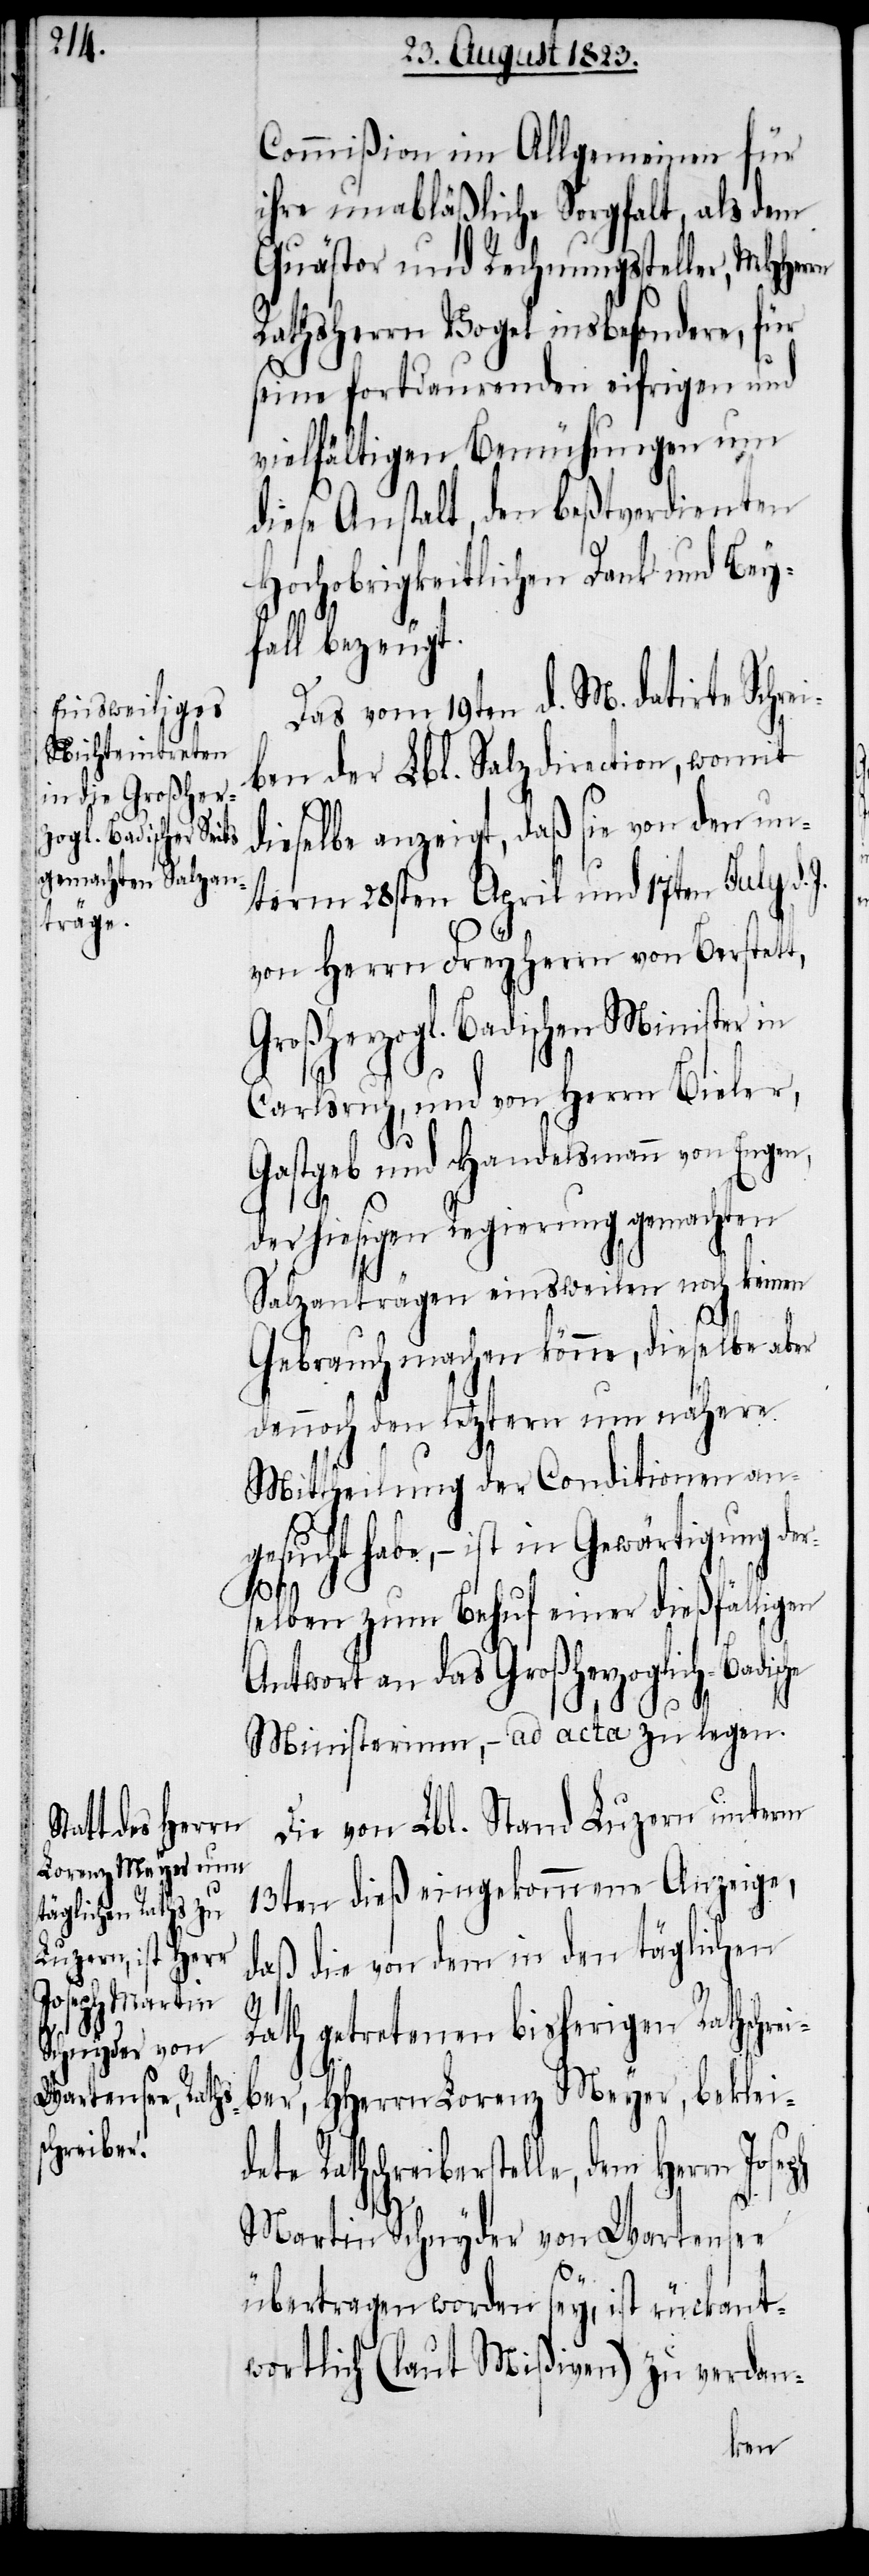
he

Commißion im Allgemeinen für
ihre unabläßliche Sorgfalt, als dem
Quästor und Rechnungssteller, MHHerrn
Rathsherrn Vogel insbesondere, für
seine fortdaurenden eifrigen und
vielfältigen Bemühungen um
diese Anstalt, den beßtverdienten
Hochobrigkeitlichen Dank und Bey¬
fall bezeugt.
Das vom 19ten d. M. datirte Schre¬
ben der Lbl. Salzdirection, womit
dieselbe anzeigt, daß sie von den un¬
term 28sten April und 17ten July d.
von Herrn Freyherrn von Berstett,
Großherzogl. Badischen Minister in
Carlsruh, und von Herrn Bieler,
Gastgeb und Handelsmann von Engen,
der hiesigen Regierung gemachten
Salzanträgen einsweilen noch keinen
Gebrauch machen könne, dieselbe aber
dennoch den letztern um nähere
Mittheilung der Conditionen an¬
gesucht habe, − ist in Gewärtigung der¬
i¬
selben zum Behuf einer dießfälligen
Antwort an das Großherzoglich-Badisc¬
Ministerium, − ad acta zu legen.
Die von Lbl. Stand Luzern unterm
13ten dieß eingekommene Anzeige,
daß die von dem in den täglichen
Rath getretenen bisherigen Rathschre¬
i¬
ber, HHerrn Lorenz Meyer, bekleide¬
te Rathschreiberstelle, dem Her¬
rn
Martin Schnyder von Wartensee
übertragen worden sey, ist rückant¬
wortlich (laut Mißiven) zu verdan-